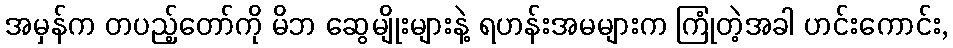
အမှန်က တပည့်တော်ကို မိဘ ဆွေမျိုးများနဲ့ ရဟန်းအမများက ကြုံတဲ့အခါ ဟင်းကောင်း,